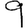
Digit: 9